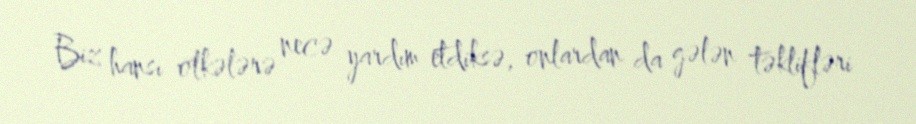
Biz hansı ölkələrə necə yardım etdiksə, onlardan da gələn təklifləri